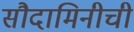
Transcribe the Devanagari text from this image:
सौदामिनीची